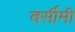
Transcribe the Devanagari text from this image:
बर्सीमी